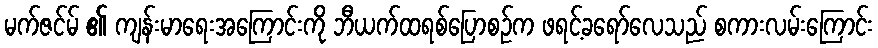
မက်ဇင်မ် ၏ ကျန်းမာရေးအကြောင်းကို ဘီယက်ထရစ်ပြောစဉ်က ဖရင့်ခရော်လေသည် စကားလမ်းကြောင်း